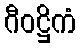
ဂီဝဋ္ဌိကံ